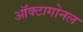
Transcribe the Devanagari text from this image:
ऑक्टागोनल